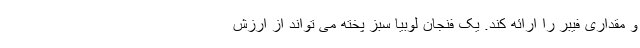
و مقداری فیبر را ارائه کند. یک فنجان لوبیا سبز پخته می تواند از ارزش